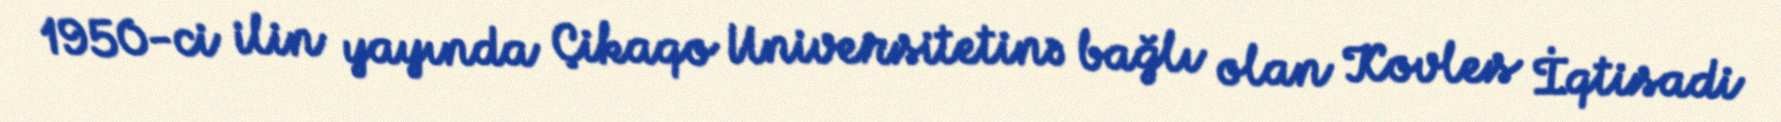
1950-ci ilin yayında Çikaqo Universitetinə bağlı olan Kovles İqtisadi